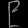
Digit: ၉